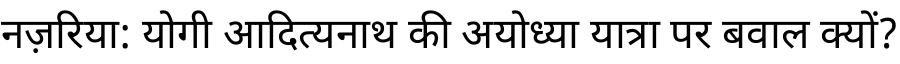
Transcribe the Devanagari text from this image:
नज़रिया: योगी आदित्यनाथ की अयोध्या यात्रा पर बवाल क्यों?